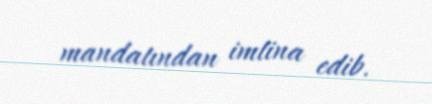
mandatından imtina edib.